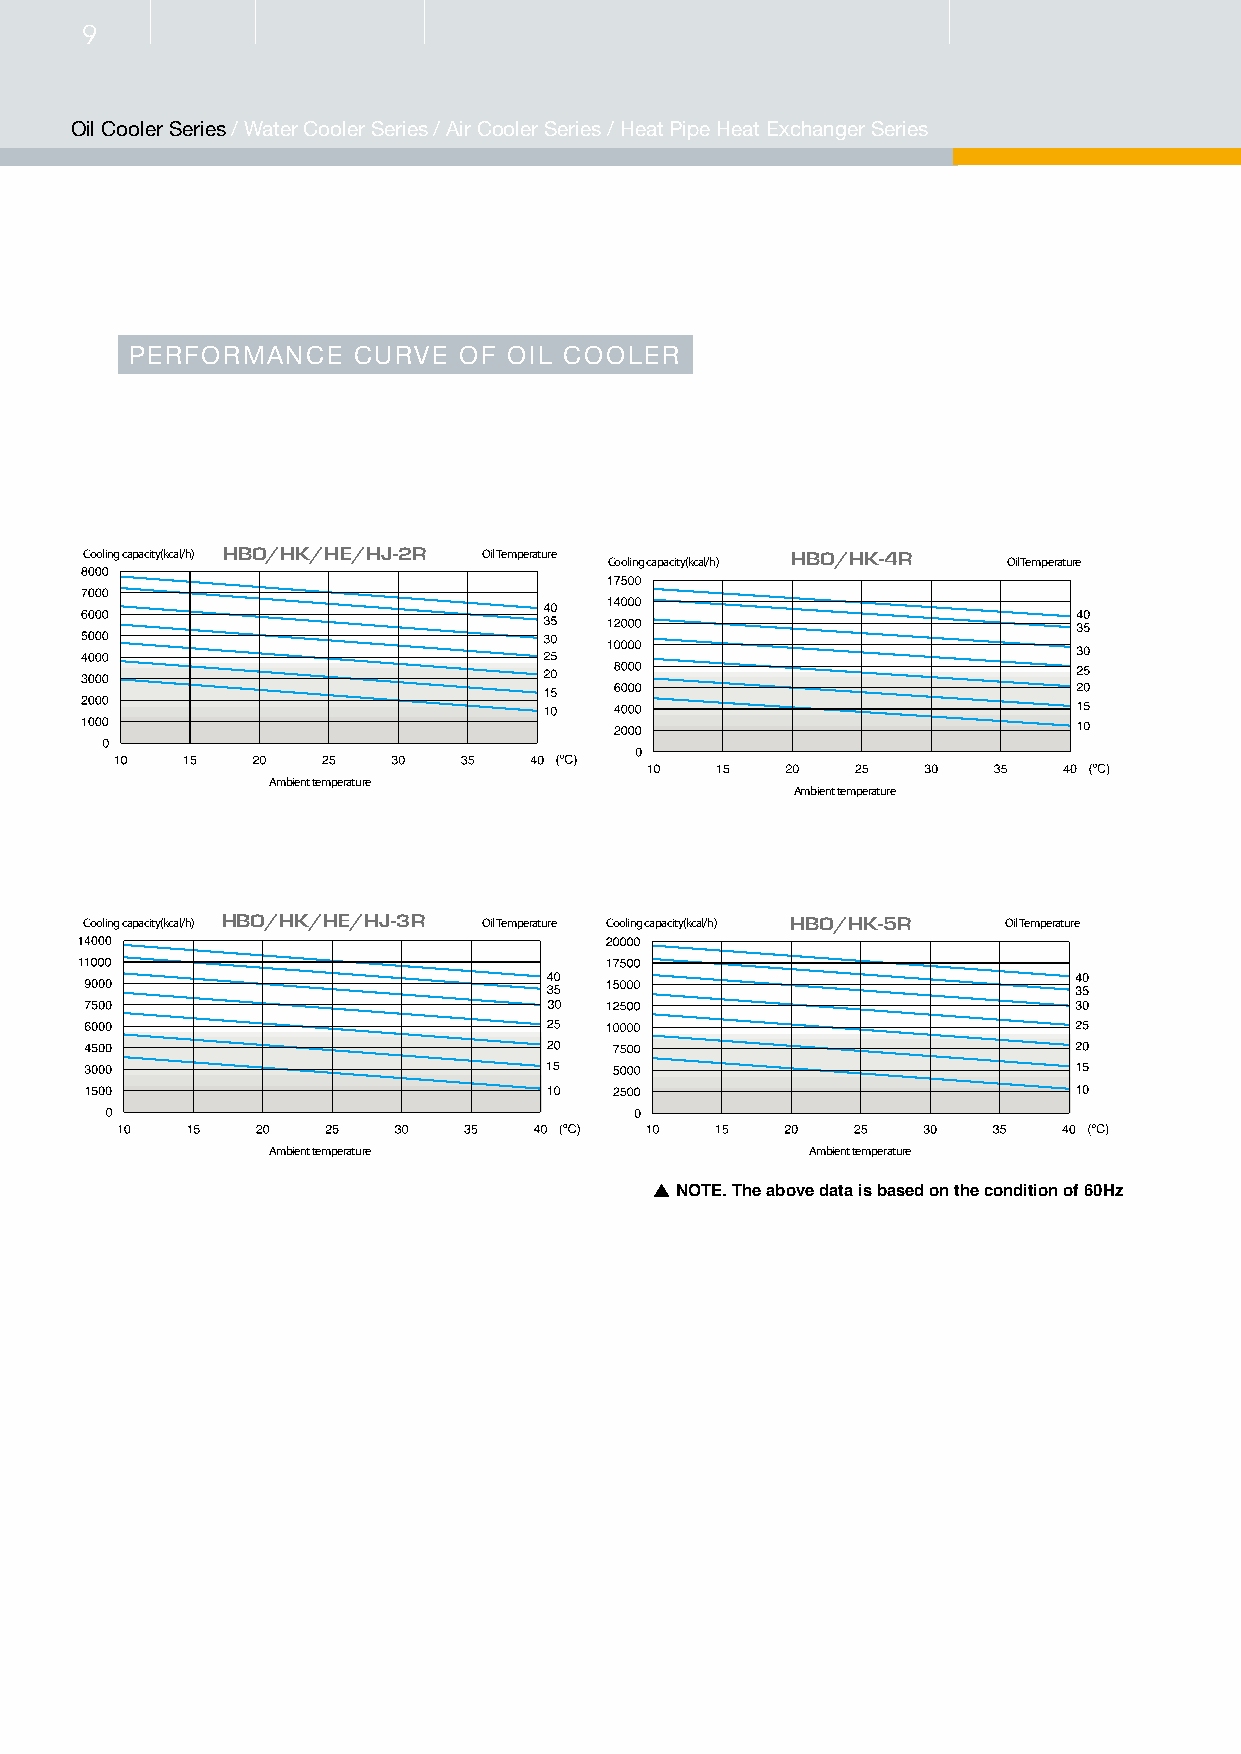
Cooling capacity(kcal/h) HBO/HE/HJ-250 Oil Temperature Cooling capacity(kcal/h) HBO/HK/HE/HJ-750 Oil Temperature
 Ambient temperature                 Ambient temperature
 Cooling capacity(kcal/h) HBO/HK/HE/HJ-400 Oil Temperature Cooling capacity(kcal/h) HBO/HK/HE/HJ-900 Oil Temperature
 5550
 4900
 4250
 3600
 2950
 2300
 1650
 1000
 Ambient temperature                Ambient temperature
 9Cooling capacity(kcal/h) HBO/HK/HE/HJ-600 Oil Temperature
 Cooling capacity(kcal/h) HBO/HK/HE/HJ-1000 Oil Temperature
 Oil Cooler Series / Water Cooler Series / Air Cooler Series / Heat Pipe Heat Exchanger Series
 Ambient temperature                Ambient temperature
 PERFORMANCE   CURVE  OF  OIL COOLER
 Cooling capacity(kcal/h) HBO/HK/HE/HJ-2R Oil Temperature HBO/HK-4R
 Cooling capacity(kcal/h)   Oil Temperature
 Ambient temperature
 Ambient temperature
 Cooling capacity(kcal/h) HBO/HK/HE/HJ-3R Oil Temperature Cooling capacity(kcal/h) HBO/HK-5R Oil Temperature
 Ambient temperature                 Ambient temperature
 NOTE. The above data is based on the condition of 60Hz